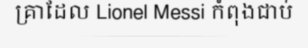
គ្រាដែល Lionel Messi កំពុងជាប់